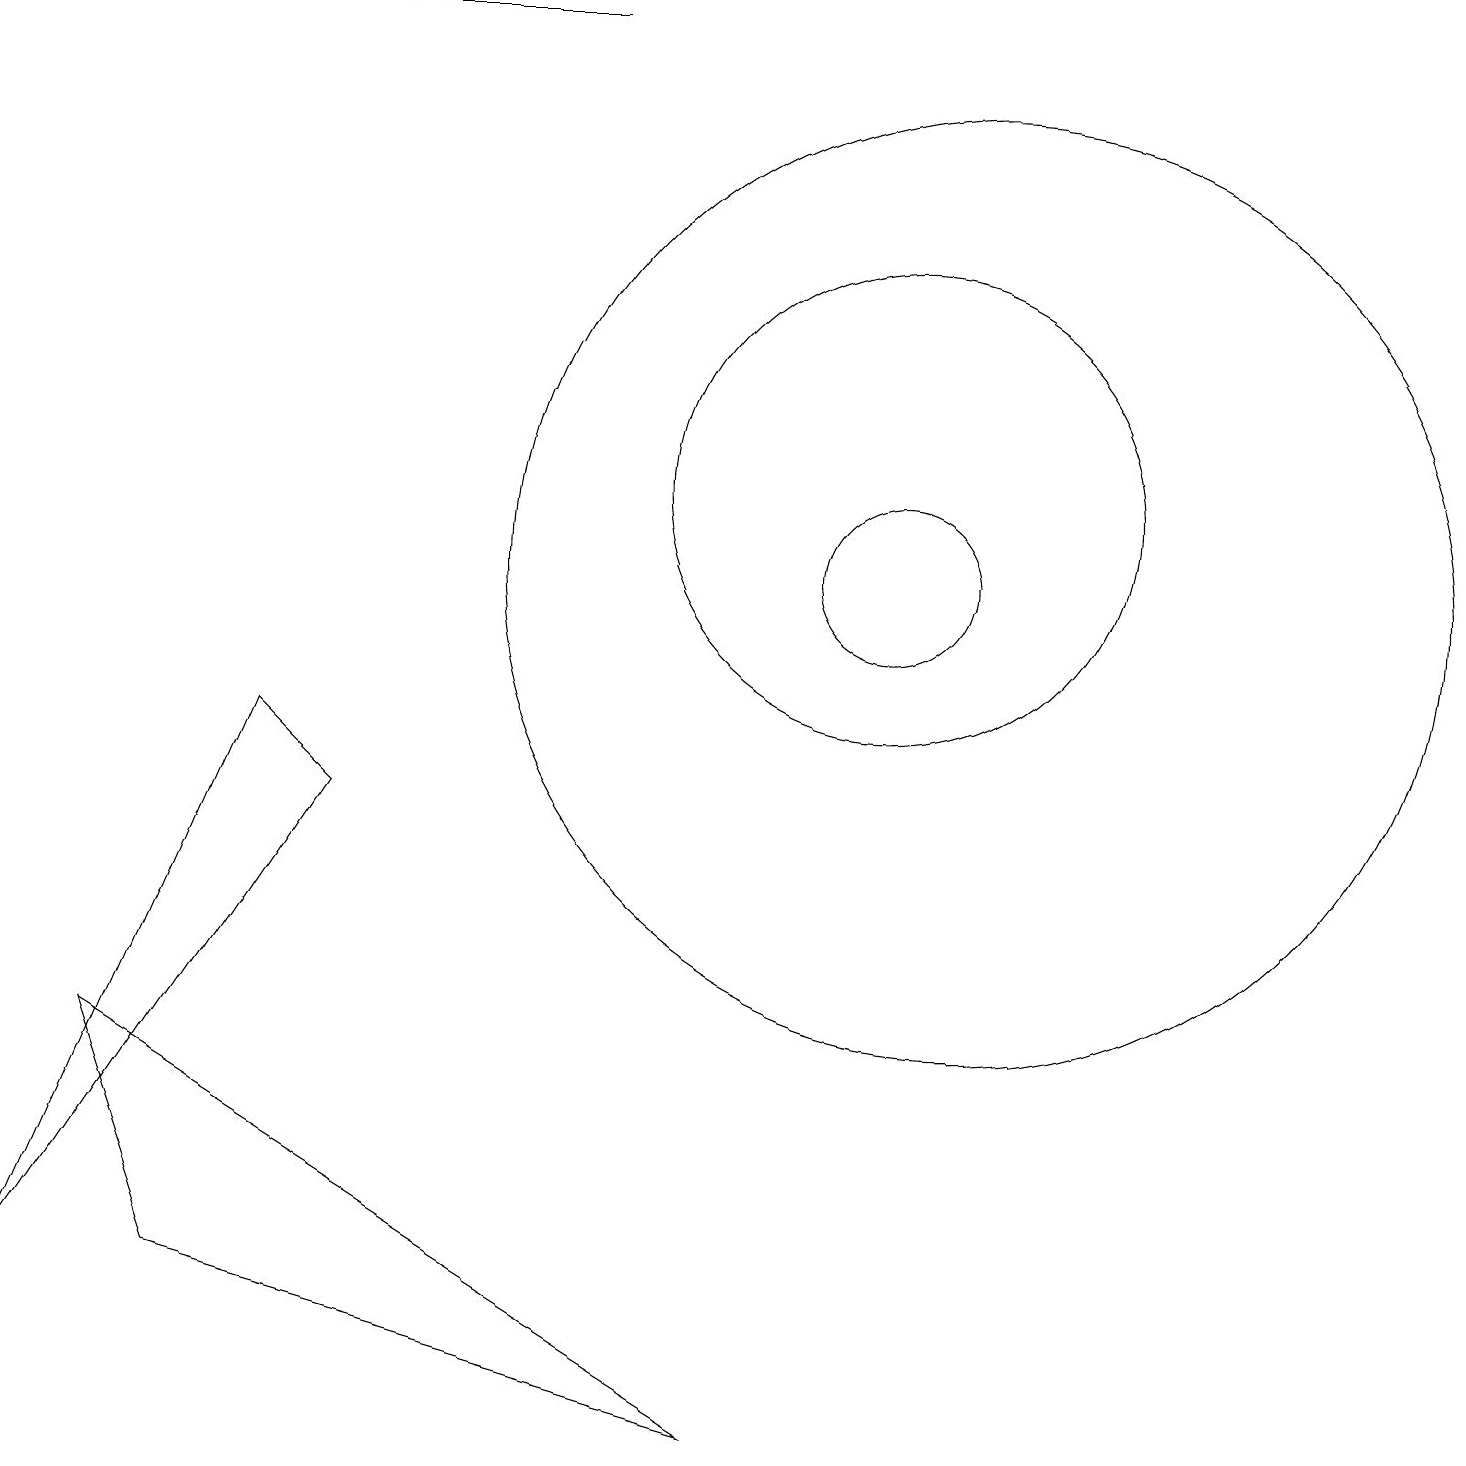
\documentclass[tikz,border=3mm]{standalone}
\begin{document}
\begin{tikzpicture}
\draw (2,2) -- (9,0) -- (1,5) -- cycle;
\draw (12,11) circle (6);
\draw (11,12) circle (3);
\draw (4,8) -- (3,9) -- (0,2) -- cycle;
\draw[->] (7,18) -- (1,18);
\draw (11,11) circle (1);
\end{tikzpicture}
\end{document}